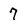
Character: 7